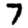
Digit: 7